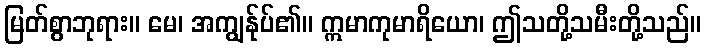
မြတ်စွာဘုရား။ မေ၊ အကျွန်ုပ်၏။ ဣမာကုမာရိယော၊ ဤသတို့သမီးတို့သည်။